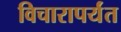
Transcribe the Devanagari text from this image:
विचारापर्यंत